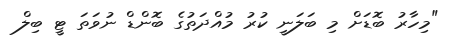
"މިހާރު ބޮޑަށް މި ބަލަނީ ކުރު މުއްދަތުގެ ބޮންޑް ނުވަތަ ޓީ ބިލް